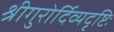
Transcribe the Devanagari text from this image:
श्रीगुरोर्दिव्यदृष्टिः